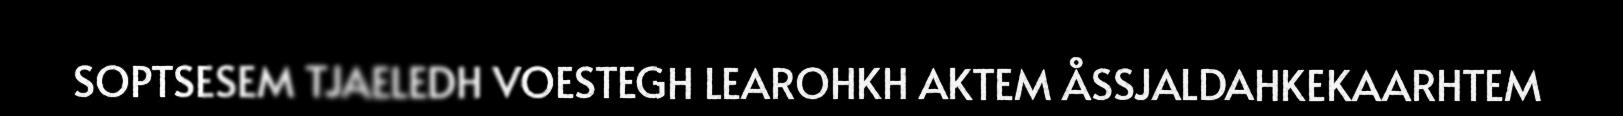
SOPTSESEM TJAELEDH VOESTEGH LEAROHKH AKTEM ÅSSJALDAHKEKAARHTEM